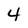
Character: 4